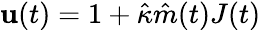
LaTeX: \mathbf{u}(t)=1+\hat{{\kappa}}\hat{{m}}(t)J(t)